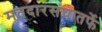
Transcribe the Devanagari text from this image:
मतदारसंघातर्फे